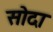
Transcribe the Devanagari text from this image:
सोदा